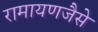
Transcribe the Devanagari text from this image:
रामायणजैसे